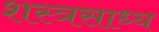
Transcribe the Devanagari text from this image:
शस्त्रसाध्य